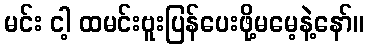
မင်း ငါ့ ထမင်းဗူးပြန်ပေးဖို့မမေ့နဲ့နော်။